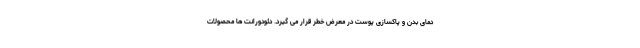
دمای بدن و پاکسازی پوست در معرض خطر قرار می گیرد. دئودورانت ها محصولات